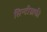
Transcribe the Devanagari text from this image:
सिन्टीग्राफी